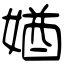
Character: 媨